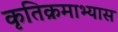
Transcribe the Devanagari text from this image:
कृतिक्रमाभ्यास